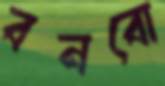
বনবো